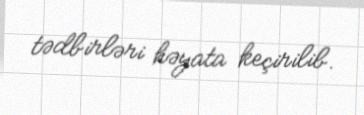
tədbirləri həyata keçirilib.